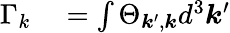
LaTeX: \begin{array}{rl}{\Gamma_{k}}&{{}=\int\Theta_{\boldsymbol{k}^{\prime},\boldsymbol{k}}d^{3}\boldsymbol{k}^{\prime}}\end{array}